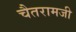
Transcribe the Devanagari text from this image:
चैतरामजी